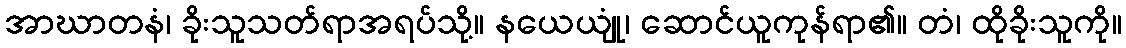
အာဃာတနံ၊ ခိုးသူသတ်ရာအရပ်သို့။ နယေယျုံ၊ ဆောင်ယူကုန်ရာ၏။ တံ၊ ထိုခိုးသူကို။